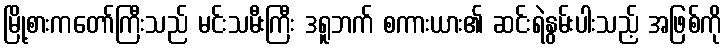
မြို့စားကတော်ကြီးသည် မင်းသမီးကြီး ဒရူဘက် စကားယား၏ ဆင်းရဲနွမ်းပါးသည့် အဖြစ်ကို